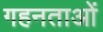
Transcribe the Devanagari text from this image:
गहनताओं